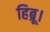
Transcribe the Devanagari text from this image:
हिब्रू।